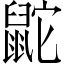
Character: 鼧